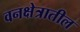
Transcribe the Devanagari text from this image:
वनक्षेत्रातील